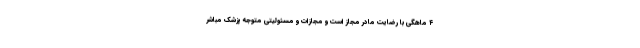
۴ ماهگی با رضایت مادر مجاز است و مجازات و مسئولیتی متوجه پزشک مباشر